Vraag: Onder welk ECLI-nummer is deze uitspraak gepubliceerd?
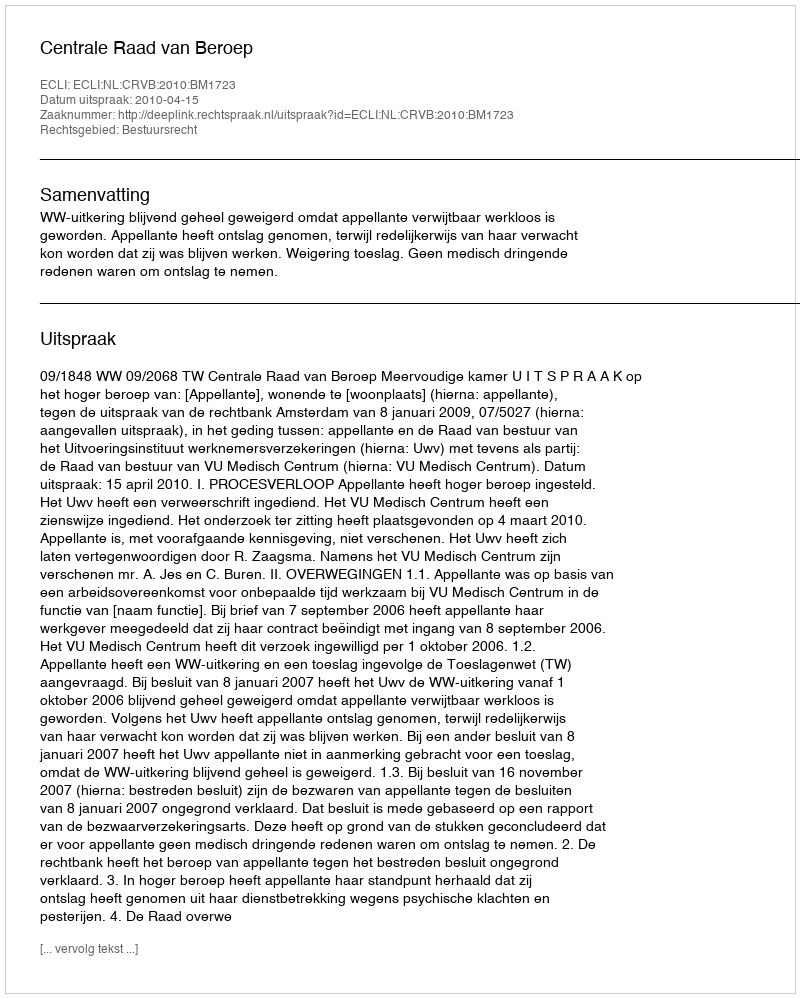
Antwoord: ECLI:NL:CRVB:2010:BM1723